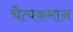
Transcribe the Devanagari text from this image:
चैत्यकमान